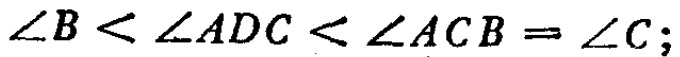
$\angle B < \angle ADC < \angle ACB = \angle C;$